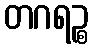
တဂရဉ္စ